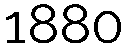
1880